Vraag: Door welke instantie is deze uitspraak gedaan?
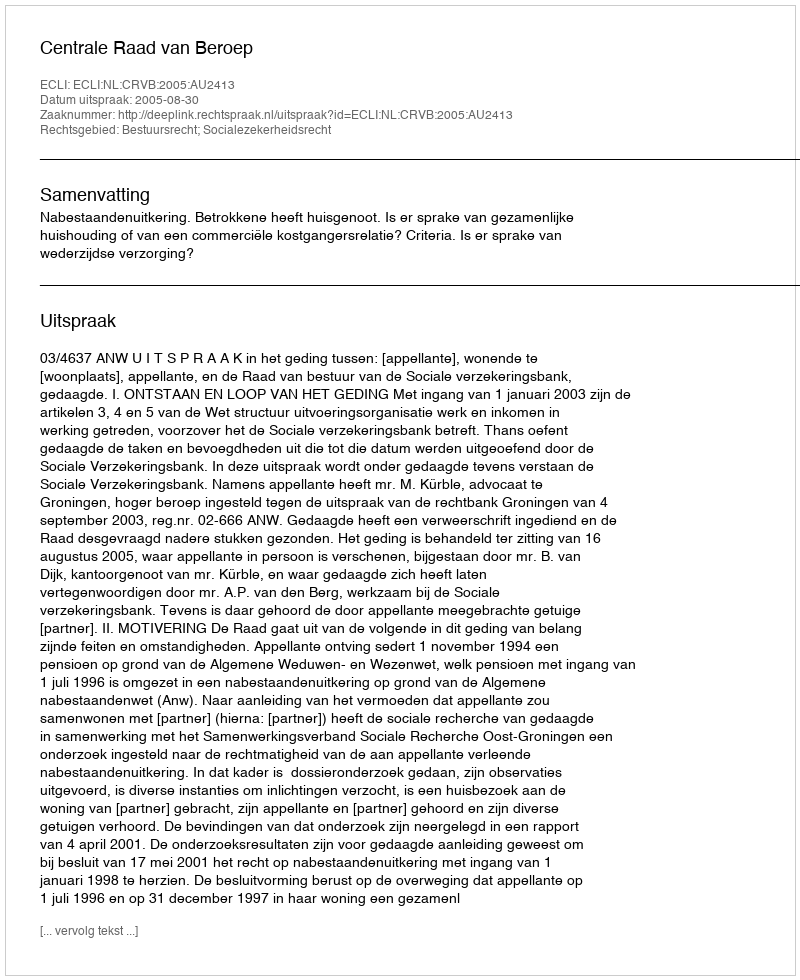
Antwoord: Centrale Raad van Beroep